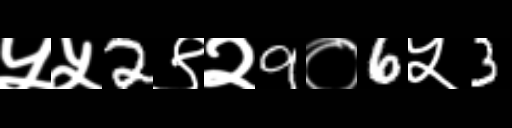
Text: ५५2९२9०6५3